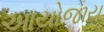
આયોજાય